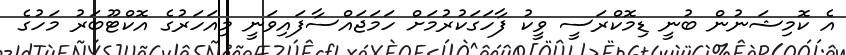
އެ ކޮމިޝަނުން ބުނީ ޑިމޮކްރަސީ ވީކު ފާހަގަކުރުމަށް ހަމަޖައްސާފައިވަނީ މިއަހަރުގެ އޮކްޓޫބަރު މަހުގެ